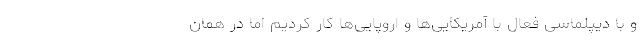
و با دیپلماسی فعال با آمریکایی‌ها و اروپایی‌ها کار کردیم اما در همان